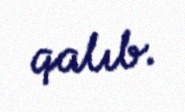
qalıb.